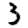
Digit: 3